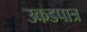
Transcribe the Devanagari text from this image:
उकडपात्र